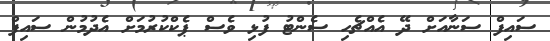
ސައިފް ސަނާއަށް ދޭ އެއްޗެހި ސެންޓު ފުޅި ވެސް ޕެކްކުރުމަށް އެދުމުން ސައިފް